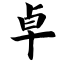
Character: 卓